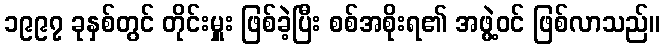
၁၉၉၇ ခုနှစ်တွင် တိုင်းမှူး ဖြစ်ခဲ့ပြီး စစ်အစိုးရ၏ အဖွဲ့ဝင် ဖြစ်လာသည်။